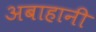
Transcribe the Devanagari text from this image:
अबाहानी